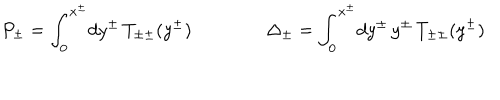
P _ { \pm } = \int _ { 0 } ^ { x ^ { \pm } } \! d y ^ { \pm } \, T _ { \pm \pm } ( y ^ { \pm } ) \qquad \qquad \Delta _ { \pm } = \int _ { 0 } ^ { x ^ { \pm } } \! d y ^ { \pm } \, y ^ { \pm } \, T _ { \pm \pm } ( y ^ { \pm } )